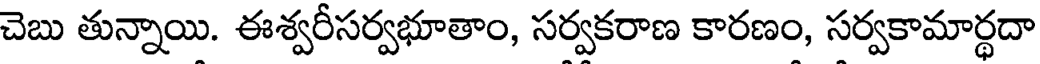
చెబు తున్నాయి. ఈశ్వరీసర్వభూతాం, సర్వకరాణ కారణం, సర్వకామార్ధదా